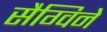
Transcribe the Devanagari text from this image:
सैग्विने